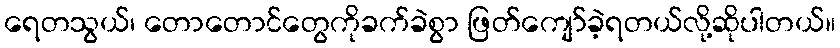
ရေတသွယ်၊ တောတောင်တွေကိုခက်ခဲစွာ ဖြတ်ကျော်ခဲ့ရတယ်လို့ဆိုပါတယ်။